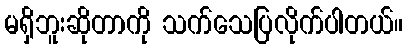
မရှိဘူးဆိုတာကို သက်သေပြလိုက်ပါတယ်။